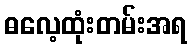
ဓလေ့ထုံးတမ်းအရ